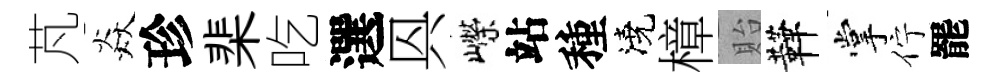
芃焱珍棐吃選㒷嶸站種澆樟貽鞾掌佇罷